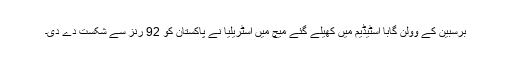
برسبین کے وولن گابا اسٹیڈیم میں کھیلے گئے میچ میں آسٹریلیا نے پاکستان کو 92 رنز سے شکست دے دی۔